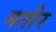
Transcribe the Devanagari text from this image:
मतीर